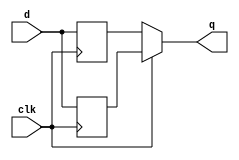
module top_module (
    input clk,
    input d,
    output q
);
    reg q1, q2;
 
    assign q = clk? q1:q2;

    always @ (posedge clk)
        begin
            q1 <= d;
        end

    always @ (negedge clk)
        begin
           q2 <= d; 
        end
    /*
    always @ (posedge clk) begin
    	q1 <= q2^d; 
    end
    
    always @ (negedge clk) begin
    	q2 <= q1^d; 
    end
    //Rising edgep=d^n, q=d^n^n=d;
    //Falling edgen=d^p, q=p^d^p=d;
    
    assign q = q1^q2;
    */
endmodule